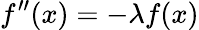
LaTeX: f^{\prime\prime}(x)=-\lambda f(x)